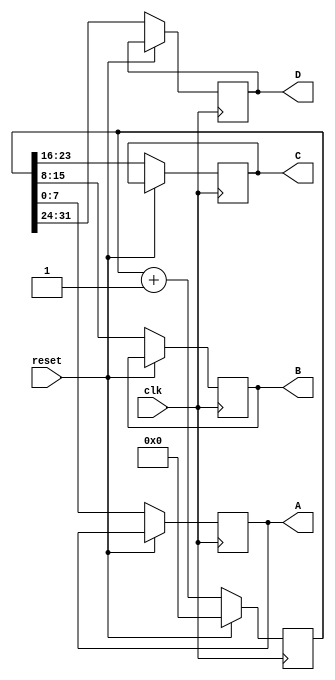
`timescale 1ns / 1ps
//////////////////////////////////////////////////////////////////////////////////
// Company: 
// Engineer: 
// 
// Design Name: 
// Module Name: counter
// Project Name: 
// Target Devices: 
// Tool Versions: 
// Description: 
// 
// Dependencies: 
// 
// Revision:
// Revision 0.01 - File Created
// Additional Comments:
// 
//////////////////////////////////////////////////////////////////////////////////
module counter(input clk,
               input reset,
  output reg[7:0] A, B, C, D);
reg [31:0] count;
always@(posedge clk)
begin
if(reset==1)
count <=32'b0;
else
begin
        count <=count+1;  
    A <= count[7:0];
B <= count[15:8];
C <= count[23:16];
D <= count[31:24];
end
end
endmodule